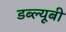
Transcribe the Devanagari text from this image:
डब्ल्यूबी